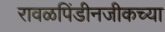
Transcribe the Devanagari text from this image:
रावळपिंडीनजीकच्या